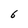
Character: 6